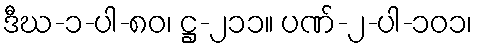
ဒီဃ-၁-ပါ-၈၀၊ ဋ္ဌ-၂၁၁။ ပဏ်-၂-ပါ-၁၀၁၊